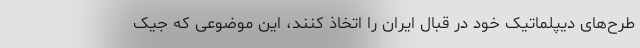
طرح‌های دیپلماتیک خود در قبال ایران را اتخاذ کنند، این موضوعی که جیک